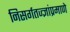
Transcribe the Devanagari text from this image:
निसर्गतज्ज्ञांप्रमाणे